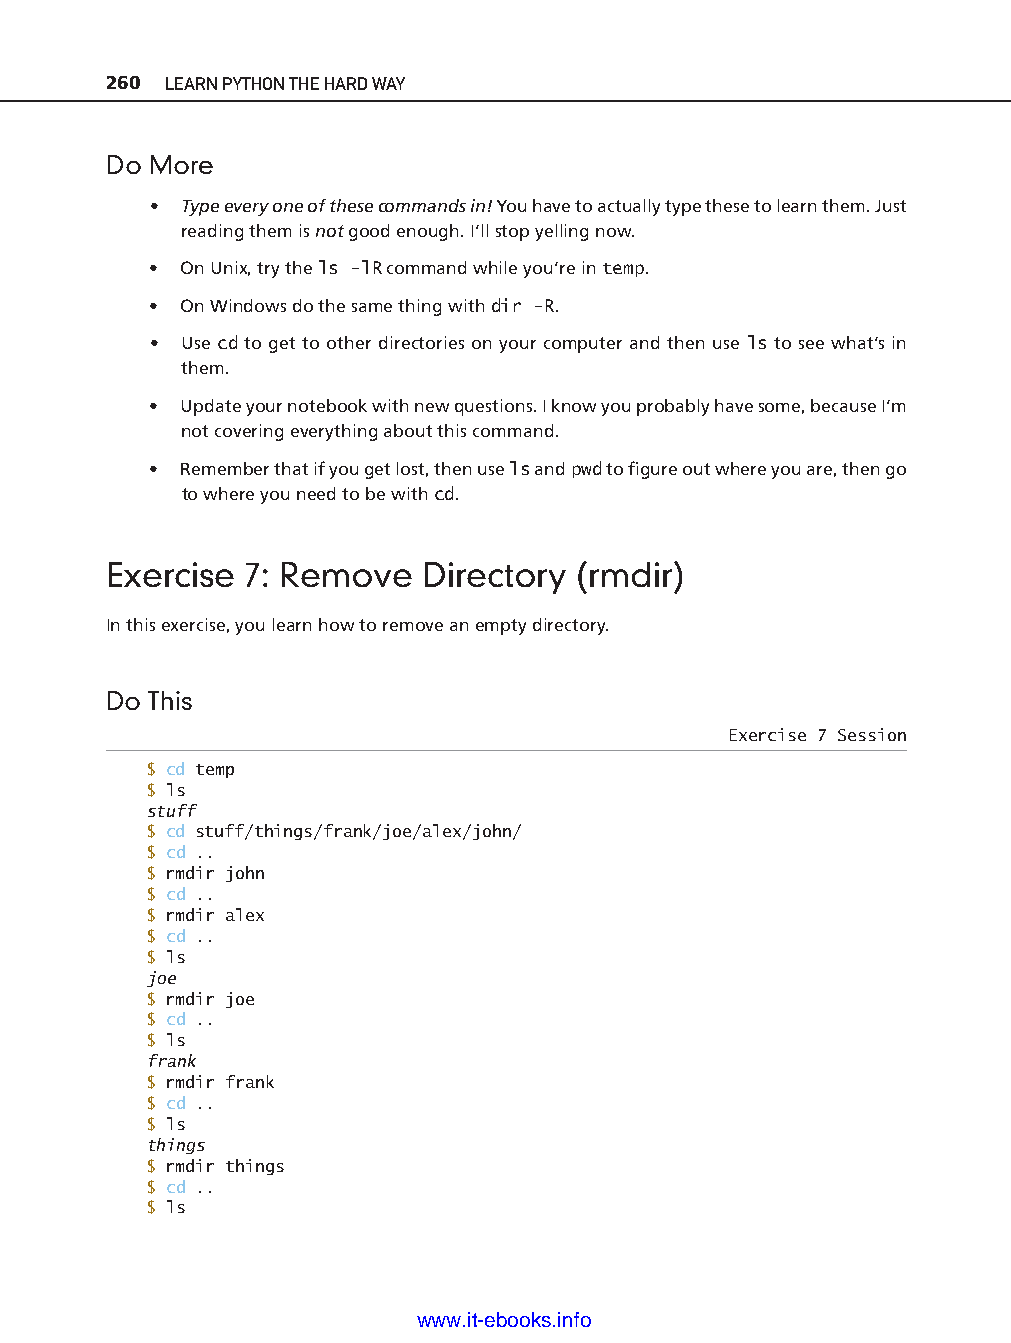
260 LEARN PYTHON THE HARD WAY
 Do More
 • Type every one of these commands in! You have to actually type these to learn them. Just
 reading them is not good enough. I’ll stop yelling now.
 • On Unix, try the ls -l R command while you’re in temp.
 • On Windows do the same thing with dir -R .
 • Use cd to get to other directories on your computer and then use ls to see what’s in
 them.
 • Update your notebook with new questions. I know you probably have some, because I’m
 not covering everything about this command.
 • Remember that if you get lost, then use ls and pwd to fi gure out where you are, then go
 to where you need to be with cd.
 Exercise 7: Remove   Directory (rmdir)
 In this exercise, you learn how to remove an empty directory.
 ptg11539604
 Do This
 Exercise 7 Session
 $ cd temp
 $ ls
 stuff
 $ cd stuff/things/frank/joe/alex/john/
 $ cd ..
 $ rmdir john
 $ cd ..
 $ rmdir alex
 $ cd ..
 $ ls
 joe
 $ rmdir joe
 $ cd ..
 $ ls
 frank
 $ rmdir frank
 $ cd ..
 $ ls
 things
 $ rmdir things
 $ cd ..
 $ ls
 www.it-ebooks.info